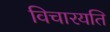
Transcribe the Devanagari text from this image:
विचारयति